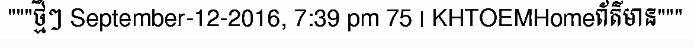
"""ថ្មីៗ September-12-2016, 7:39 pm 75 | KHTOEMHomeព័ត៌មាន"""